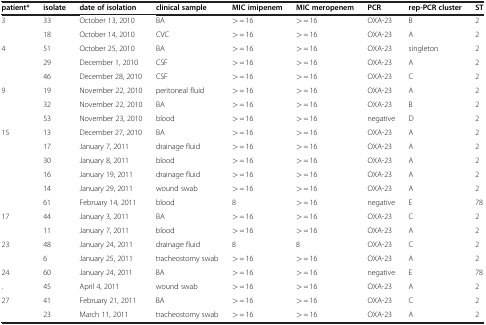
<table><thead><tr><td><b>patient*</b></td><td><b>isolate</b></td><td><b>date of isolation</b></td><td><b>clinical sample</b></td><td><b>MIC imipenem</b></td><td><b>MIC meropenem</b></td><td><b>PCR</b></td><td><b>rep-PCR cluster</b></td><td><b>ST</b></td></tr></thead><tbody><tr><td>3</td><td>33</td><td>October 13, 2010</td><td>BA</td><td>&gt; = 16</td><td>&gt; = 16</td><td>OXA-23</td><td>B</td><td>2</td></tr><tr><td> </td><td>18</td><td>October 14, 2010</td><td>CVC</td><td>&gt; = 16</td><td>&gt; = 16</td><td>OXA-23</td><td>A</td><td>2</td></tr><tr><td>4</td><td>51</td><td>October 25, 2010</td><td>BA</td><td>&gt; = 16</td><td>&gt; = 16</td><td>OXA-23</td><td>singleton</td><td>2</td></tr><tr><td> </td><td>29</td><td>December 1, 2010</td><td>CSF</td><td>&gt; = 16</td><td>&gt; = 16</td><td>OXA-23</td><td>A</td><td>2</td></tr><tr><td> </td><td>46</td><td>December 28, 2010</td><td>CSF</td><td>&gt; = 16</td><td>&gt; = 16</td><td>OXA-23</td><td>C</td><td>2</td></tr><tr><td>9</td><td>19</td><td>November 22, 2010</td><td>peritoneal fluid</td><td>&gt; = 16</td><td>&gt; = 16</td><td>OXA-23</td><td>A</td><td>2</td></tr><tr><td> </td><td>32</td><td>November 22, 2010</td><td>BA</td><td>&gt; = 16</td><td>&gt; = 16</td><td>OXA-23</td><td>B</td><td>2</td></tr><tr><td> </td><td>53</td><td>November 23, 2010</td><td>blood</td><td>&gt; = 16</td><td>&gt; = 16</td><td>negative</td><td>D</td><td>2</td></tr><tr><td>15</td><td>13</td><td>December 27, 2010</td><td>BA</td><td>&gt; = 16</td><td>&gt; = 16</td><td>OXA-23</td><td>A</td><td>2</td></tr><tr><td> </td><td>17</td><td>January 7, 2011</td><td>drainage fluid</td><td>&gt; = 16</td><td>&gt; = 16</td><td>OXA-23</td><td>A</td><td>2</td></tr><tr><td> </td><td>30</td><td>January 8, 2011</td><td>blood</td><td>&gt; = 16</td><td>&gt; = 16</td><td>OXA-23</td><td>A</td><td>2</td></tr><tr><td> </td><td>16</td><td>January 19, 2011</td><td>drainage fluid</td><td>&gt; = 16</td><td>&gt; = 16</td><td>OXA-23</td><td>A</td><td>2</td></tr><tr><td> </td><td>14</td><td>January 29, 2011</td><td>wound swab</td><td>&gt; = 16</td><td>&gt; = 16</td><td>OXA-23</td><td>A</td><td>2</td></tr><tr><td> </td><td>61</td><td>February 14, 2011</td><td>blood</td><td>8</td><td>&gt; = 16</td><td>negative</td><td>E</td><td>78</td></tr><tr><td>17</td><td>44</td><td>January 3, 2011</td><td>BA</td><td>&gt; = 16</td><td>&gt; = 16</td><td>OXA-23</td><td>C</td><td>2</td></tr><tr><td> </td><td>11</td><td>January 7, 2011</td><td>blood</td><td>&gt; = 16</td><td>&gt; = 16</td><td>OXA-23</td><td>A</td><td>2</td></tr><tr><td>23</td><td>48</td><td>January 24, 2011</td><td>drainage fluid</td><td>8</td><td>8</td><td>OXA-23</td><td>C</td><td>2</td></tr><tr><td> </td><td>6</td><td>January 25, 2011</td><td>tracheostomy swab</td><td>&gt; = 16</td><td>&gt; = 16</td><td>OXA-23</td><td>A</td><td>2</td></tr><tr><td>24</td><td>60</td><td>January 24, 2011</td><td>BA</td><td>&gt; = 16</td><td>&gt; = 16</td><td>negative</td><td>E</td><td>78</td></tr><tr><td>.</td><td>45</td><td>April 4, 2011</td><td>wound swab</td><td>&gt; = 16</td><td>&gt; = 16</td><td>OXA-23</td><td>A</td><td>2</td></tr><tr><td>27</td><td>41</td><td>February 21, 2011</td><td>BA</td><td>&gt; = 16</td><td>&gt; = 16</td><td>OXA-23</td><td>C</td><td>2</td></tr><tr><td> </td><td>23</td><td>March 11, 2011</td><td>tracheostomy swab</td><td>&gt; = 16</td><td>&gt; = 16</td><td>OXA-23</td><td>A</td><td>2</td></tr></tbody></table>